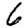
Digit: 6